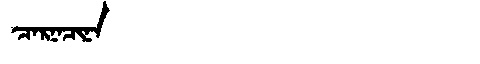
Manchu: ᠴᠠᡵᠨᠠᠴᡳᠨᠠ
Romanization: CARNACINA